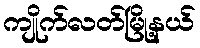
ကျိုက်လတ်မြို့နယ်